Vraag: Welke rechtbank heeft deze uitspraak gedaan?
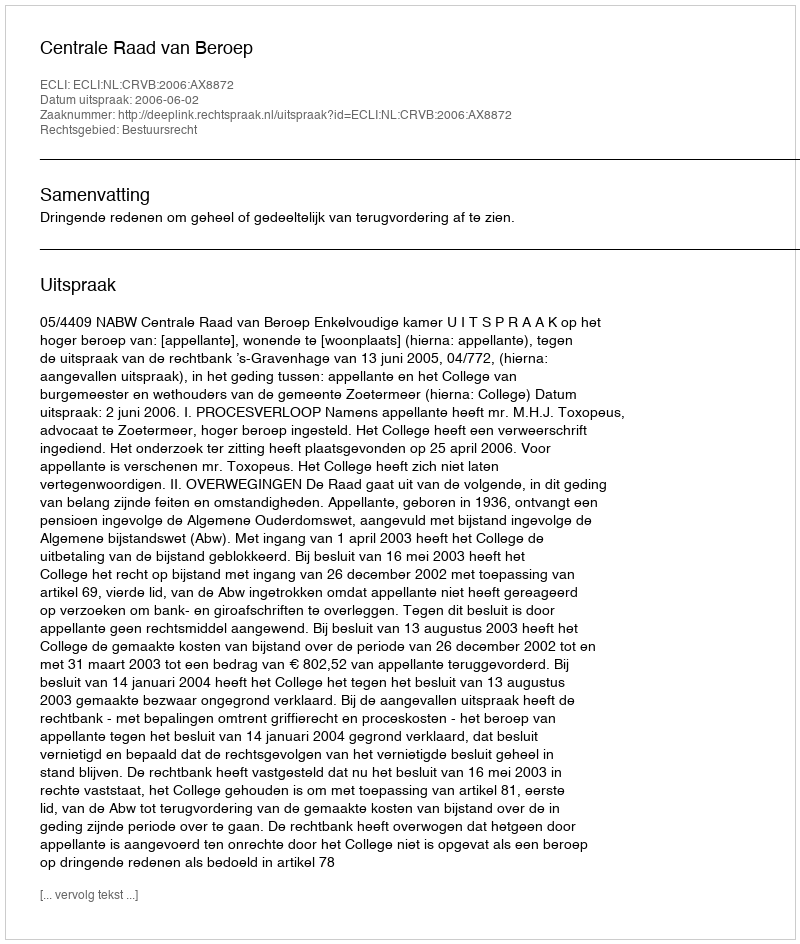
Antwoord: Centrale Raad van Beroep